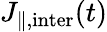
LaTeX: J_{\parallel,\mathrm{inter}}(t)